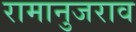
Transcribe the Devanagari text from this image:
रामानुजराव